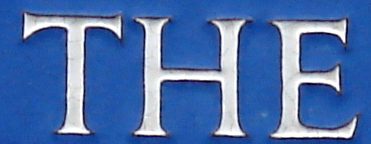
THE